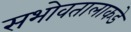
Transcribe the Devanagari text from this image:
सभोवतालाकडे